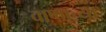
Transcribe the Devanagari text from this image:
वाणाच्या